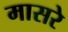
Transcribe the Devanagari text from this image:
मासरे